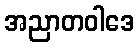
အညာတဝါဒေ